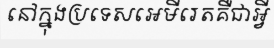
នៅក្នុងប្រទេសអេមីរេតគឺជាអ្វី